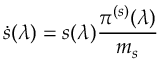
\dot { s } ( \lambda ) = s ( \lambda ) \frac { \pi ^ { ( s ) } ( \lambda ) } { m _ { s } }